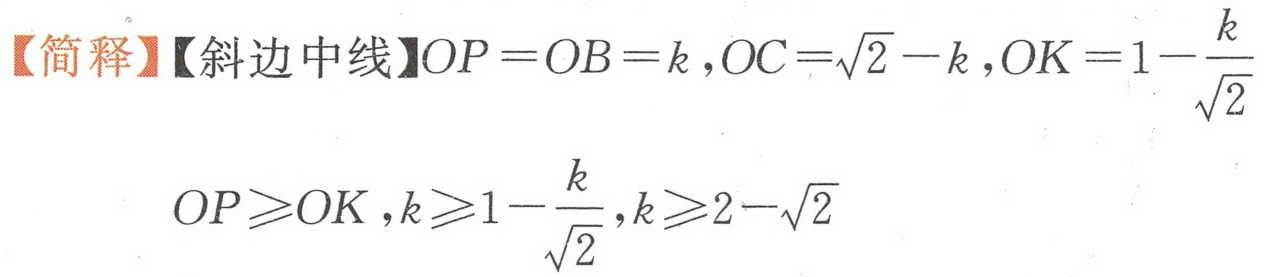
【简释】【斜边中线】\(OP = OB = k ,OC =\sqrt{2}-k ,OK = 1-\frac{k}{\sqrt{2}}\)
\(OP\geqslant OK ,k\geqslant1-\frac{k}{\sqrt{2}},k\geqslant2 - \sqrt{2}\)